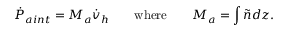
\dot { P } _ { a i n t } = M _ { a } \dot { v } _ { h } \qquad \mathrm { w h e r e } \qquad M _ { a } = \int \tilde { n } d z .